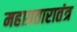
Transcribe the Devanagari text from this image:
महाग्रतारातंत्र